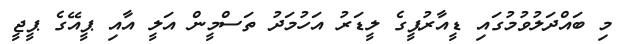
މި ބައްދަލުވުމުގައި ޑީއާރުޕީގެ ލީޑަރު އަހުމަދު ތަސްމީން އަލީ އާއި ޕީއޭގެ ޕީޖީ